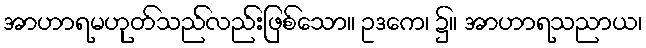
အာဟာရမဟုတ်သည်လည်းဖြစ်သော။ ဥဒကေ၊ ၌။ အာဟာရသညာယ၊